Vaccination in the Punjab 1883-1896 - 1883-1896
Year: 1883
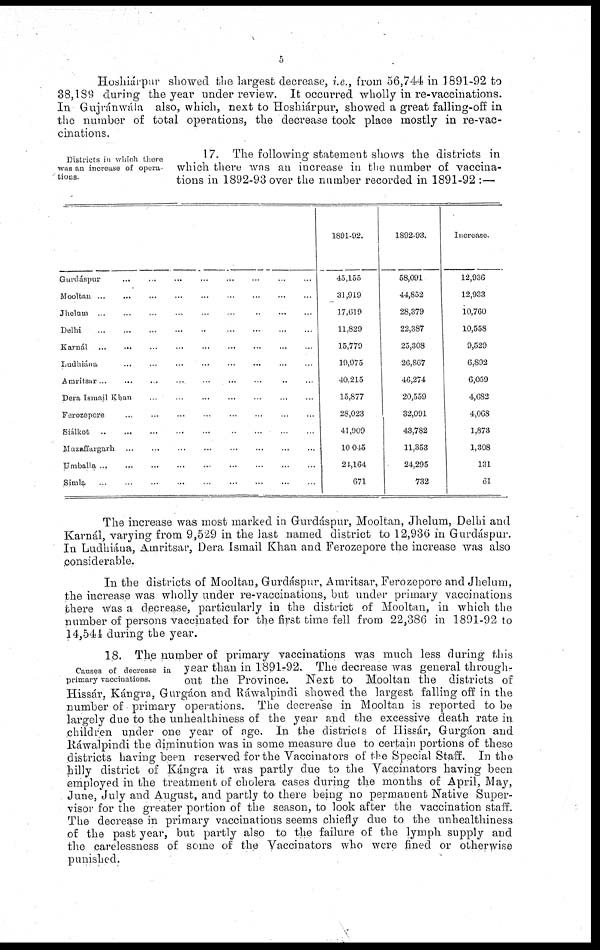
5
Hoshiárpur showed the largest decrease, i.e., from 56,744 in 1891-92 to
38,189 during the year under review. It occurred wholly in re-vaccinations.
In Gujránwála also, which, next to Hoshiárpur, showed a great falling-off in
the number of total operations, the decrease took place mostly in re-vac-
cinations.
Districts in which there
was an increase of opera¬
tions.
17. The following statement shows the districts in
which there was an increase in the number of vaccina-
tions in 1892-93 over the number recorded in 1891-92 :—
Gurdáspur ... ... ... ... ... ... ... ...
Mooltan
...
...
...
...
...
...
...
...
...
Jhelum
...
...
...
...
...
...
...
...
...
Delhi
...
...
...
...
...
...
...
...
...
Karnál ... ... ... ... ... ... ... ... ...
Ludhiána ... ... ... ... ... ... ... ...
Amritsar ... ... ... ... ... ... ... ... ...
Dera Ismail Khan ... ... ... ... ... ... ...
Ferozepore ... ... ... ... ... ... ... ...
Siálkot
...
...
...
...
...
...
...
...
...
Muzaffargarh ... ... ... ... ... ... ... ...
Umballa ... ... ... ... ... ... ... ... ...
Simla ... ... ... ... ... ... ... ... ...
1891-92.
45,155
31,919
17,619
11,829
15,779
19,975
40,215
15,877
28,023
41,909
10,045
24,164
671
1892-93.
58,091
44,852
28,379
22,387
25,308
26,867
46,274
20,559
32,091
43,782
11,353
24,295
732
Increase.
12,936
12,933
10,760
10,558
9,529
6,892
6,059
4,682
4,068
1,873
1,308
131
61
The increase was most marked in Gurdáspur, Mooltan, Jhelum, Delhi and
Karnál, varying from 9,529 in the last named district to 12,936 in Gurdáspur.
In Ludhiána, Amritsar, Dera Ismail Khan and Ferozepore the increase was also
considerable.
In the districts of Mooltan, Gurdáspur, Amritsar, Ferozepore and Jhelum,
the increase was wholly under re-vaccinations, but under primary vaccinations
there was a decrease, particularly in the district of Mooltan, in which the
number of persons vaccinated for the first time fell from 22,386 in 1891-92 to
14,544 during the year.
Causes of decrease in
primary vaccinations.
18. The number of primary vaccinations was much less during this
year than in 1891-92. The decrease was general through¬
out the Province.
Next to Mooltan the districts of
Hissár. Kángra, Gurgáon and Ráwalpindi showed the largest falling off in the
number of primary operations. The decrease in Mooltan is reported to be
largely due to the unhealthiness of the year and the excessive death rate in
children under one year of age. In the districts of Hissár, Gurgáon and
Ráwalpindi the diminution was in some measure due to certain portions of these
districts having been reserved for the Vaccinators of the Special Staff. In the
hilly district of Kángra it was partly due to the Vaccinators having been
employed in the treatment of cholera cases during the months of April, May,
June, July and August, and partly to there being no permanent Native Super-
visor for the greater portion of the season, to look after the vaccination staff.
The decrease in primary vaccinations seems chiefly due to the unhealthiness
of the past year, but partly also to the failure of the lymph supply and
the carelessness of some of the Vaccinators who were fined or otherwise
punished.